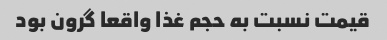
قیمت نسبت به حجم غذا واقعا گرون بود